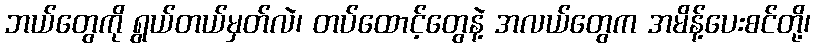
ဘယ်တွေကို ရွယ်တယ်မှတ်လဲ၊ တပ်ထောင့်တွေနဲ့ အလယ်တွေက အမိန့်ပေးစင်တို့၊